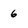
Character: 6